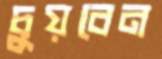
চুয়বেন